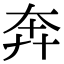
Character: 奔